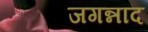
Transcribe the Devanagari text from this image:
जगन्नाद